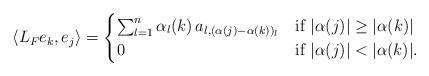
LaTeX: \begin{align*}\left\langle L_Fe_{k},e_{j} \right\rangle = \begin{cases}\sum_{l=1}^n \alpha_l(k) \, a_{l,(\alpha(j)-\alpha(k))_l} & \textrm{if } |\alpha(j) |\geq |\alpha(k)| \\0 & \textrm{if } |\alpha(j) |< |\alpha(k)|.\end{cases}\end{align*}